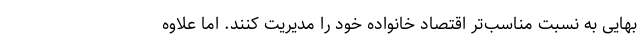
بهایی به نسبت مناسب‌تر اقتصاد خانواده خود را مدیریت کنند. اما علاوه